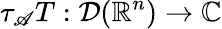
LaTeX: \tau_{\mathscr{A}}T:{\mathcal{{D}}}(\mathbb{{R}}^{n})\to\mathbb{{C}}